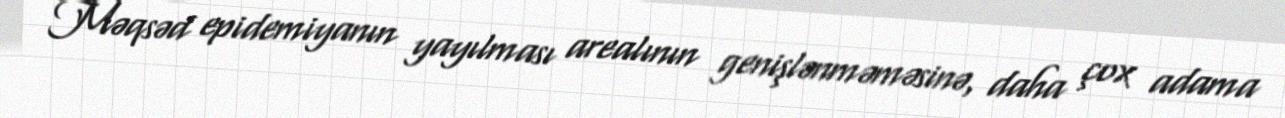
Məqsəd epidemiyanın yayılması arealının genişlənməməsinə, daha çox adama